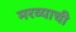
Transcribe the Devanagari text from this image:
मरव्याची